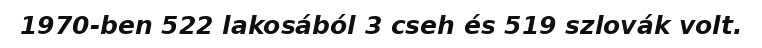
1970-ben 522 lakosából 3 cseh és 519 szlovák volt.